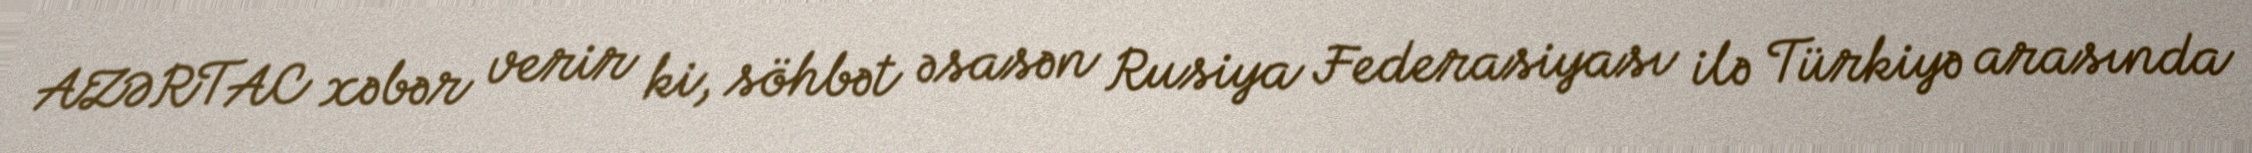
AZƏRTAC xəbər verir ki, söhbət əsasən Rusiya Federasiyası ilə Türkiyə arasında